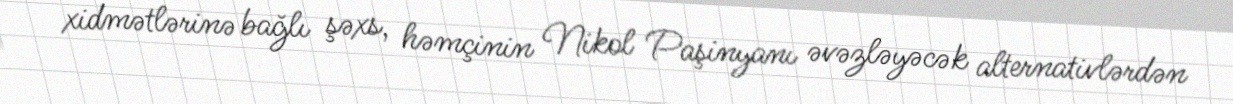
xidmətlərinə bağlı şəxs, həmçinin Nikol Paşinyanı əvəzləyəcək alternativlərdən